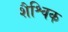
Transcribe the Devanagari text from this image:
शैश्विक